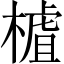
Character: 樝